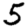
Digit: 5